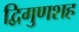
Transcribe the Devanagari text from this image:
द्विगुणशह